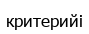
критерийі